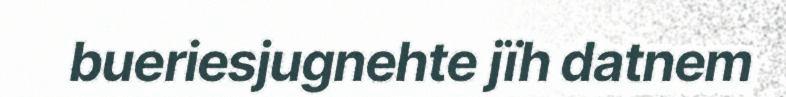
bueriesjugnehte jïh datnem